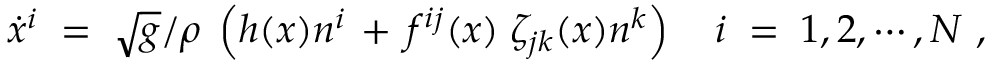
\dot { x } ^ { i } \; = \; \sqrt { g } / \rho \; \left( h ( x ) n ^ { i } \, + \, f ^ { i j } ( x ) \; \zeta _ { j k } ( x ) n ^ { k } \right) \quad i \; = \; 1 , 2 , \cdots , N \ ,